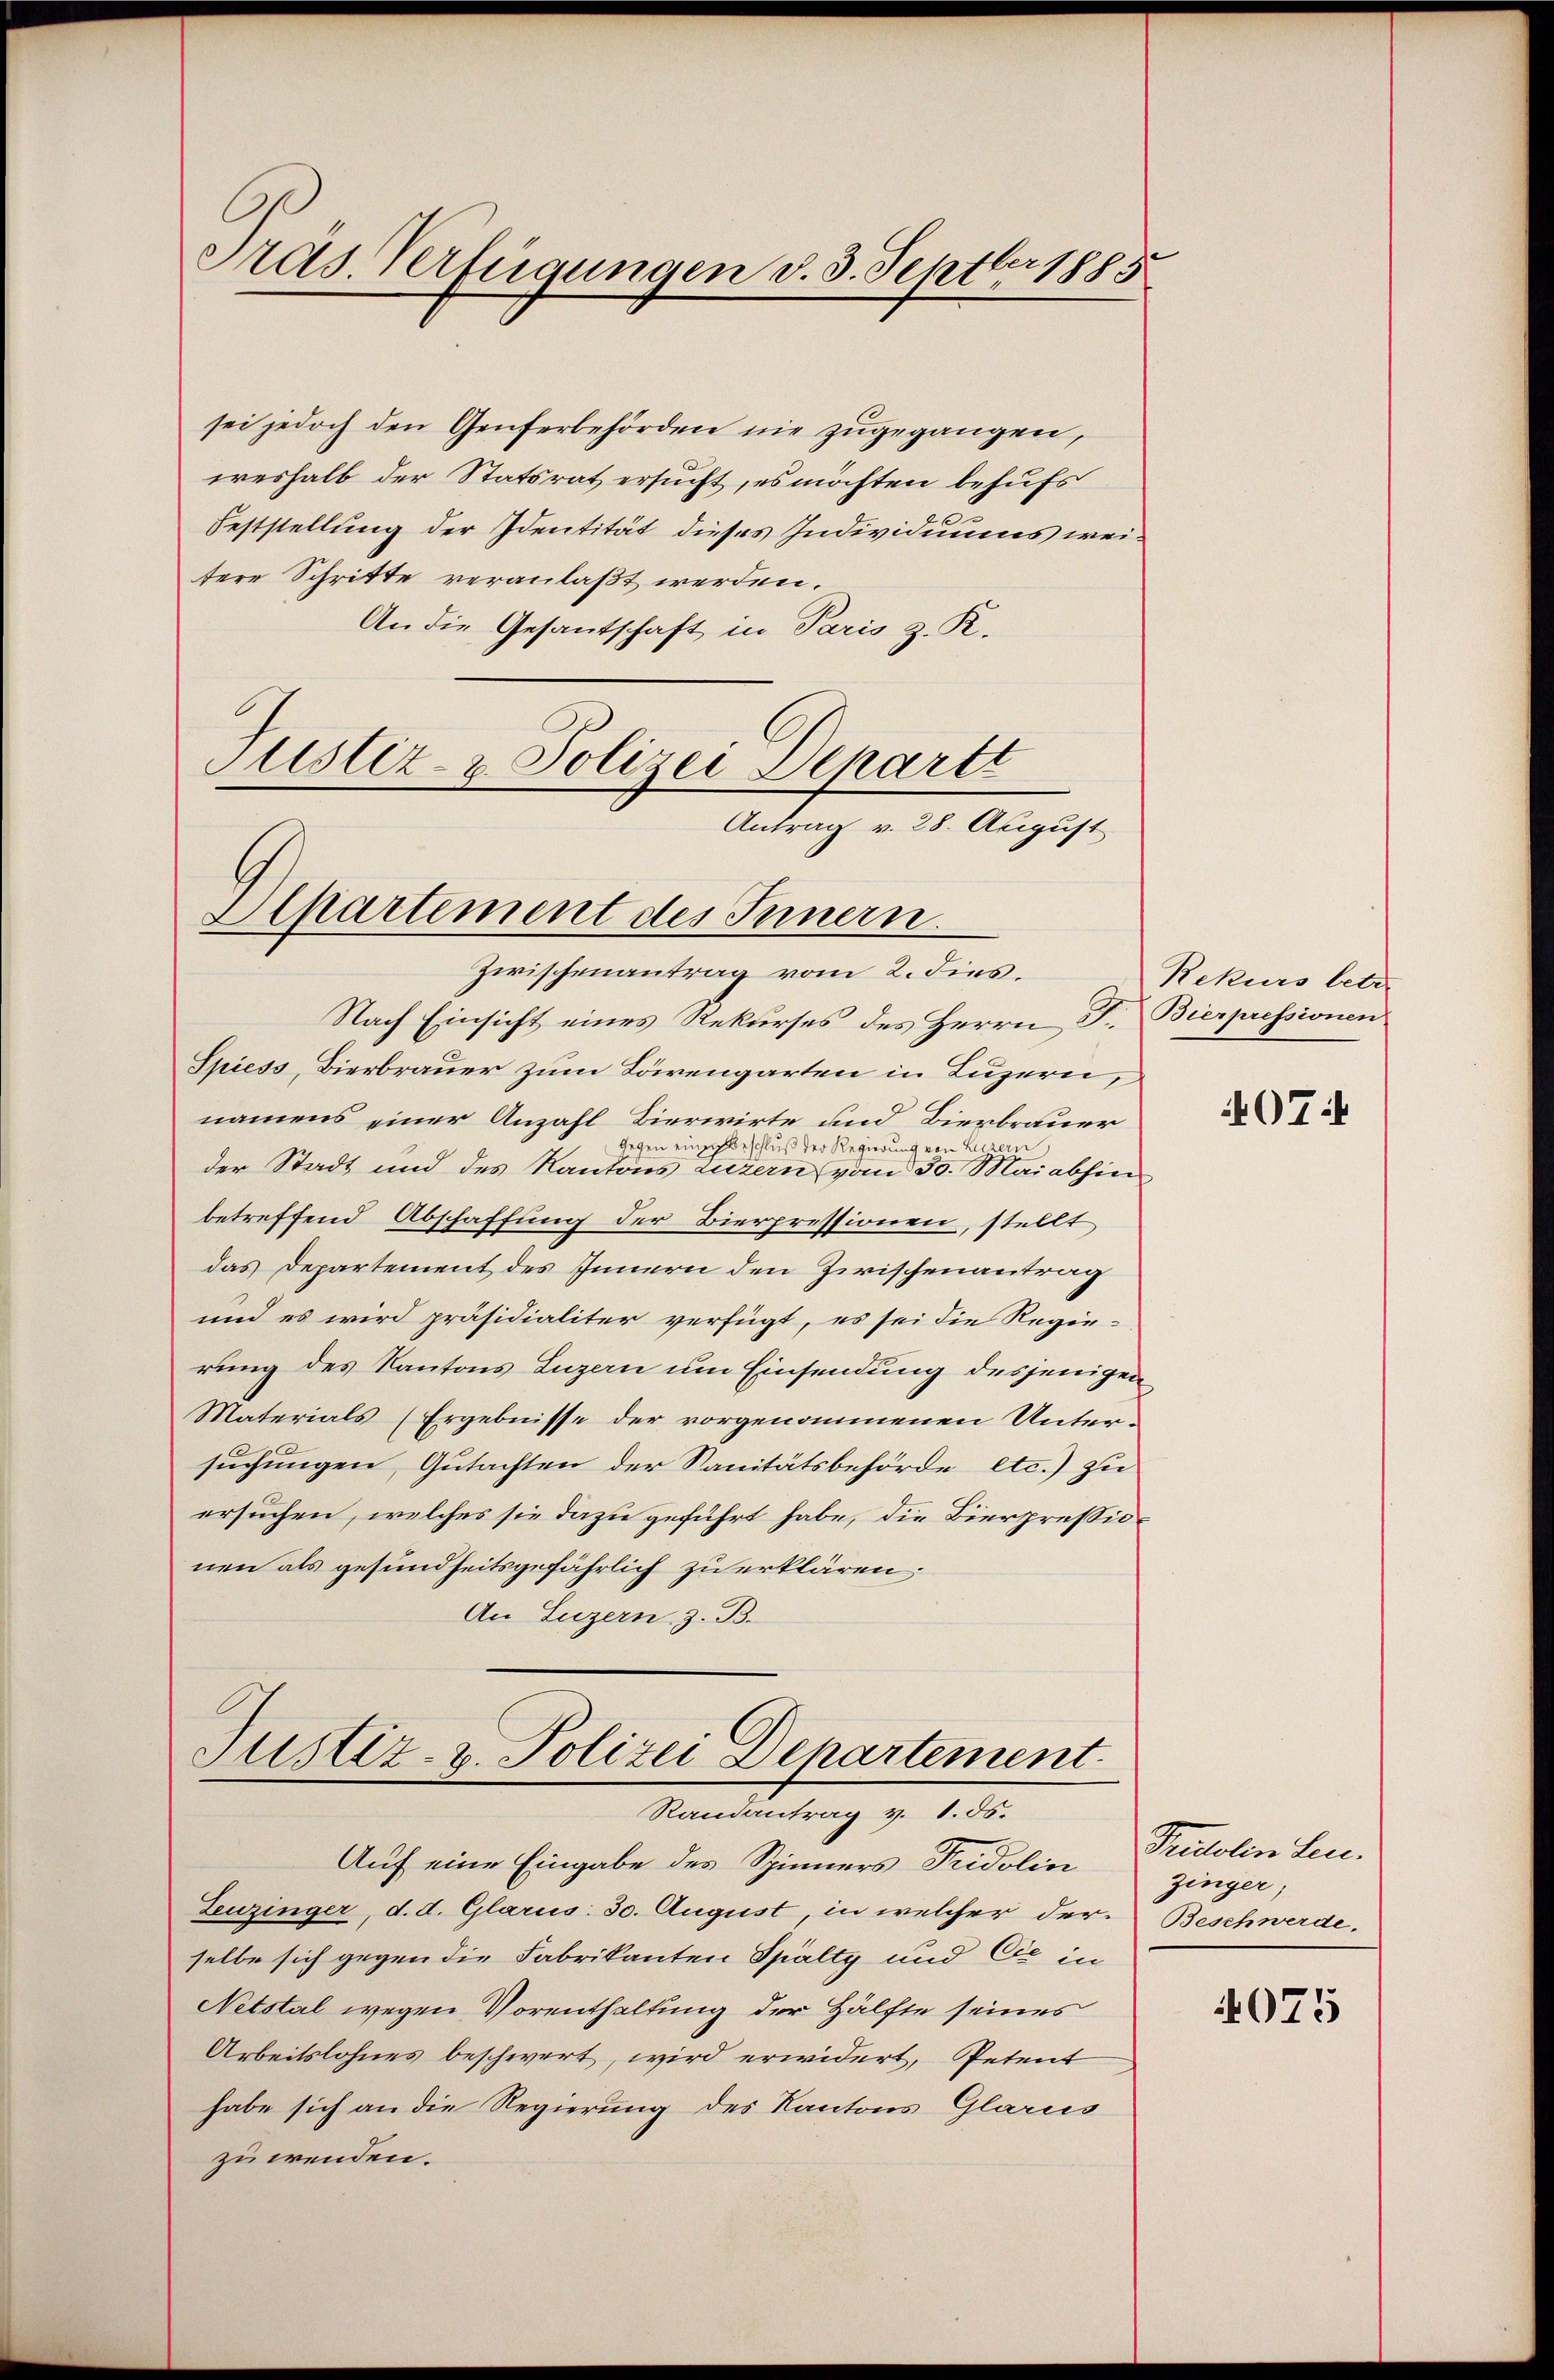
Präs. Verfügungen d. 3. Septbr 1885

sei jedoch den Genferbehörden nie zugegangen,
weshalb der Statsrat ersucht, es möchten behufs
Feststellung der Identität dieses Individuums weitere Schritte veranlaßt werden.
An die Gesantschaft in Paris z. R.
Justiz- & Polizei Departt

Antrag v. 28. August
Alpartement des Innern.
Zwischenantrag vom 2. Fies.

Nach Einsicht eines Rekurses des Herrn F. Bierpressionen
Spiess, Bierbrauer zum Bärengarten in Luzern,
namens einer Anzahl Bierwirte und Bierbrauer
Gegen einzubeschluß der Regierung von L
der Stadt und des Kantons Luzern vom 30. Mai abhin
betreffend Abschaffung der Bierpressionen, stellt
das Departement des Innern den Zwischenantrag
und es wird präsidialiter verfügt, es sei die Regierung des Kantons Luzern um Einsendung desjenigen
Materials (Ergebnisse der vorgenommenen Untersuchungen, Gutachten der Sanitätsbehörde etc.) zu
ersuchen, welches sie dazu geführt habe, die Bierpressionen als gesundheitsgefährlich zu erklären;
An Luzern, z. B.

Justiz- u. Polizei Departement.
Randantrag v. 1. 55.
Auf eine Eingabe des Spinners Fridolin

Leuzinger, d. d. Glarus: 30. August, in welcher der Beschwerde.
selbe sich gegen die Fabrikanten Spälty und Cie in
Netstal wegen Vorenthaltung der Hälfte seines
Arbeitslohnes beschwert, wird erwidert, Petent
habe sich an die Regierung des Kantons Glarus
zu wenden.

Rekurs betr.

407:

Pridolinten.
zinger;

4075